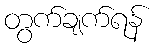
တွက်ချက်ရန်